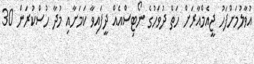
އުވާލުމަށްފަހު ޖީއެމްއާރަށް ހަތް ދުވަހުގެ ނޯޓިސްއެއް ދީފައިވާ ކަމަށާއި މުދާ ހުސްކުރަން 30